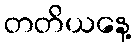
တတိယနေ့